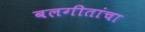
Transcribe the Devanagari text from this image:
बलगीतांचा